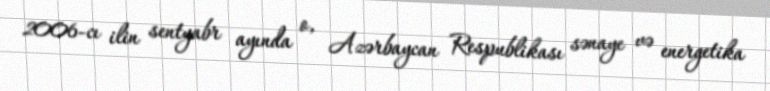
2006-cı ilin sentyabr ayında o, Azərbaycan Respublikası sənaye və energetika